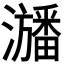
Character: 𤃃